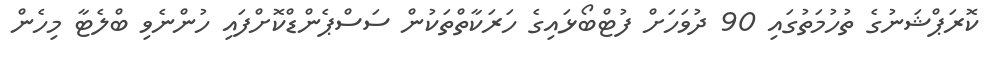
ކޮރަޕްޝަނުގެ ތުހުމަތުގައި 90 ދުވަހަށް ފުޓްބޯޅައިގެ ހަރަކާތްތަކުން ސަސްޕެންޑްކޮށްފައި ހުންނެވި ބްލެޓާ މިހެން